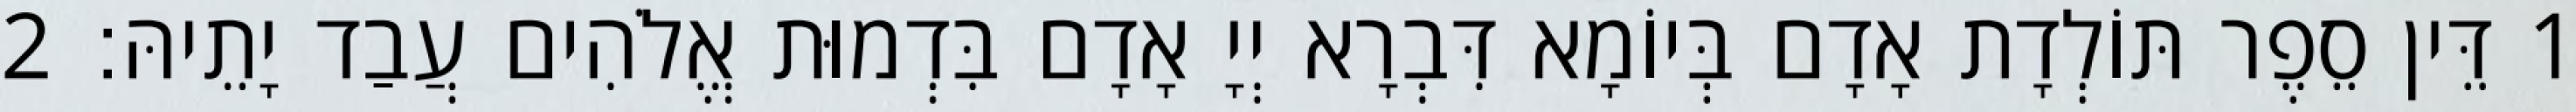
1 דֵּין סֵפֶר תּוֹלְדָת אָדָם בְּיוֹמָא דִּבְרָא יְיָ אָדָם בִּדְמוּת אֱלֹהִים עֲבַד יָתֵיהּ׃ 2